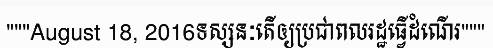
"""August 18, 2016ទស្សនៈតើឲ្យប្រជាពលរដ្ឋធ្វើដំណើរ"""